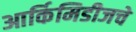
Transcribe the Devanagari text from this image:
आर्किमिडीजचे